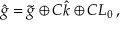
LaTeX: \hat { g } = \tilde { g } \oplus C \hat { k } \oplus C L _ { 0 } \, ,